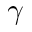
\gamma